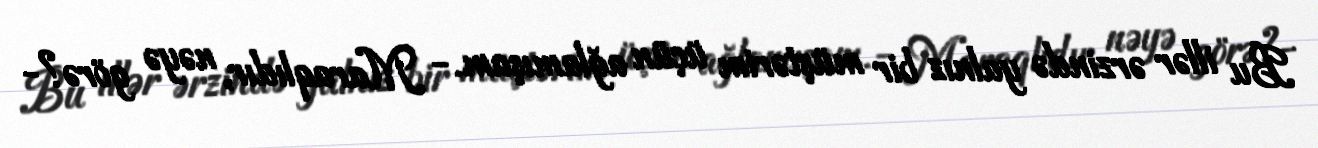
Bu illər ərzində yalnız bir müştərim üçün ağlamışam.- Maraqlıdır, nəyə görə?-